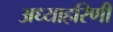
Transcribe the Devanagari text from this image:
अध्याहरिणी